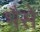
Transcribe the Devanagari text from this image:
भैसे